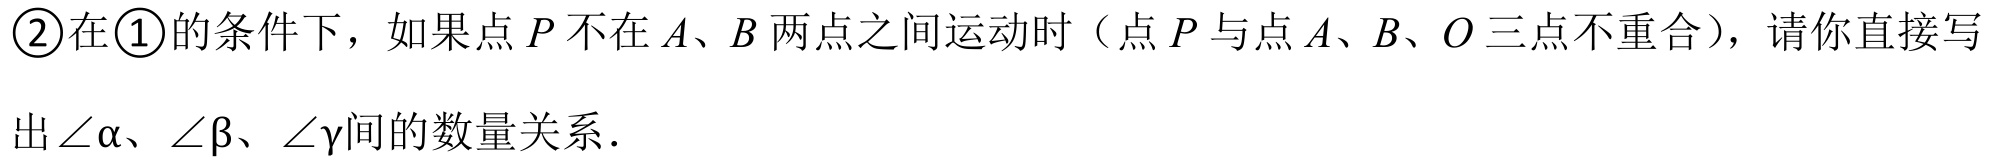
\textcircled{2}在\textcircled{1}的条件下，如果点\(P\)不在\(A、B\)两点之间运动时（点\(P\)与点\(A、B、O\)三点不重合），请你直接写
出\(\angle\alpha、\angle\beta、\angle\gamma\)间的数量关系.